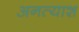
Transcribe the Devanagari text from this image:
अनत्याश